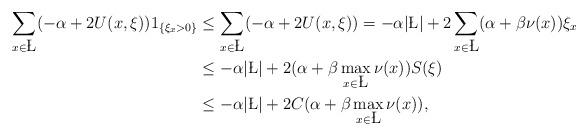
LaTeX: \begin{align*}\sum\limits_{x\in \L}(-\alpha+2U(x, \xi))1_{\{\xi_x>0\}}&\leq \sum\limits_{x\in \L}(-\alpha+2U(x, \xi))=-\alpha|\L| +2\sum\limits_{x\in \L}(\alpha+\beta\nu(x))\xi_x\\&\leq -\alpha|\L| +2(\alpha+\beta\max_{x\in \L}\nu(x))S(\xi)\\&\leq -\alpha|\L|+2C(\alpha+\beta\max_{x\in \L}\nu(x)),\end{align*}